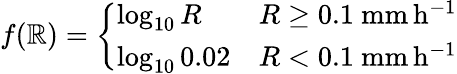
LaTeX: f(\mathbb{R})=\left\{ \begin{array}{ll}{\log_{10}R}&{R\geq 0.1\ \mathrm{mm\, h^{-1}}}\\ {\log_{10}0.02}&{R<0.1\ \mathrm{mm\, h^{-1}}}\end{array}\right.